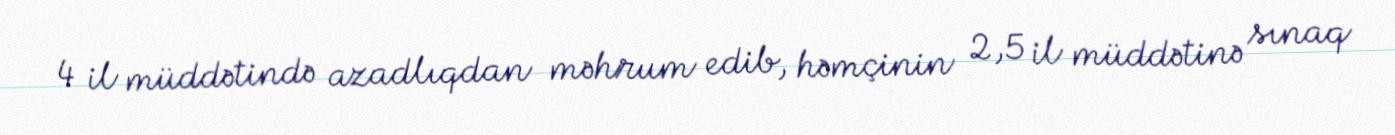
4 il müddətində azadlıqdan məhrum edib, həmçinin 2,5 il müddətinə sınaq